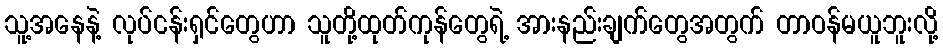
သူ့အနေနဲ့ လုပ်ငန်းရှင်တွေဟာ သူတို့ထုတ်ကုန်တွေရဲ့ အားနည်းချက်တွေအတွက် တာဝန်မယူဘူးလို့